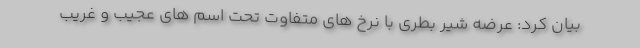
بیان کرد: عرضه شیر بطری با نرخ های متفاوت تحت اسم های عجیب و غریب